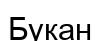
Букан